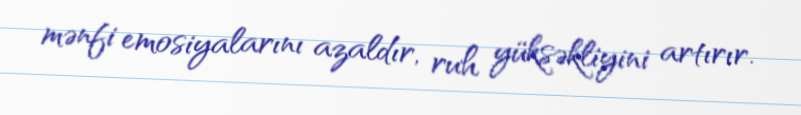
mənfi emosiyalarını azaldır, ruh yüksəkliyini artırır.